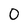
Character: 0